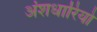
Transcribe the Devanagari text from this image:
अंशधारियो